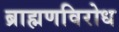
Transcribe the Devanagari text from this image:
ब्राह्मणविरोध